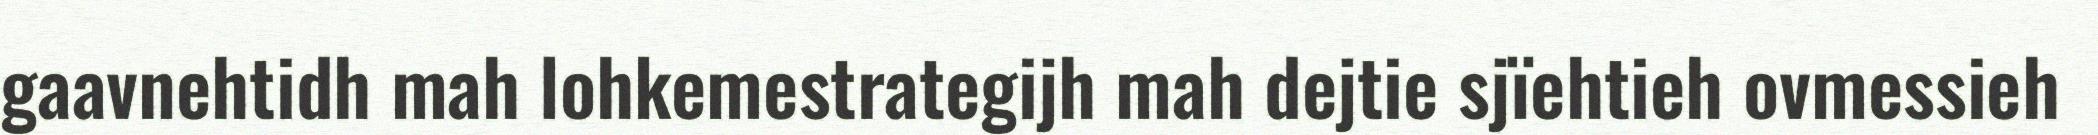
gaavnehtidh mah lohkemestrategijh mah dejtie sjïehtieh ovmessieh